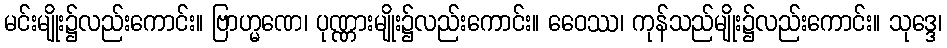
မင်းမျိုး၌လည်းကောင်း။ ဗြာဟ္မဏေ၊ ပုဏ္ဏားမျိုး၌လည်းကောင်း။ ဝေေဿ၊ ကုန်သည်မျိုး၌လည်းကောင်း။ သုဒ္ဒေ၊